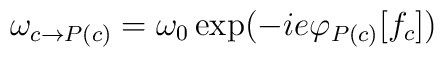
\omega_{c \rightarrow P(c)} = \omega_{0} \exp( - i e\varphi_{P(c)}[f_{c}])